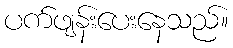
ပက်ဖျန်းပေးနေသည်။